Scottish Certificate of Education, 1963
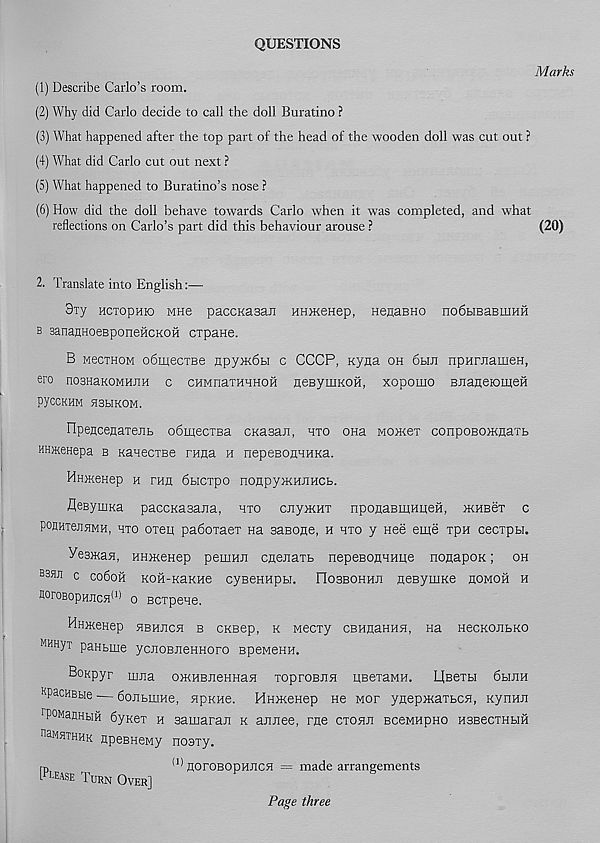
QUESTIONS
Marks
(1) Describe Carlo’s room.
(2) Why did Carlo decide to call the doll Buratino P
(3) What happened after the top part of the head of the wooden doll was cut out ?
(4) What did Carlo cut out next ?
(5) What happened to Buratino’s nose ?
(6) How did the doll behave towards Carlo when it was completed, and what
reflections on Carlo’s part did this behaviour arouse ?
2. Translate into English:—
3iy HCToptiio MHe paccKasan unmeHep, nenaBHo no6HBaBiiiHH
b BananHoeBponehcKOH cTpane.
B MecTHOM obmecTBe npy>K6Bi c CCCP, Kyna oh 6hji npuraameH,
ero nosHaKOMHJiH c CHMnaTHHHOH neByuiKOH, xopomo BJianeromeH
PyCCKHM HSbIKOM.
ripejicenaTenL obmecxBa CKasan, hto ona MOKex conpoBO>Knaxb
HHjKeHepa b KanecxEe rma h nepeBonnHKa.
HimeHep h ran bticxpo nonpyjKHJiHCb.
flesyiiiKa paccKasajia, hxo cJiyjKHX nponaBmHueH, jkhbct c
pojiHTejiHMH, hxo oxen pa6oxaex Ha saBOne, h hxo y nee eiye xpH cecxpbi.
VesKafl, HHmenep peuiHii cnejiaxt nepeBOHHHqe nonapoK; oh
bbhji c co6oh Kofi-KaKHe cyBeHHpH. FIobbohhji neBymKe homoh h
aoroBopHJicH (1 > o Bcxpene.
HHacenep hbhjich b CKsep, k wecxy cBHnaHHH, na HecKonbKO
MHH yx paHbme ycnoBJieHHoro BpeMOHH.
Bonpyr m^a omuBJieHHafl xoproBJin HBexaMH. IjBexbi 6bijih
xpacHBue — bonbuiHe, stpKHe. HnateHep He mox yp[ep>KaxbCH, KynHJi
r POMaflHHH Synex h samaraji k atuiee, me cxohji BceMHpno HSBecxHHH
bsmhthhk upeBHeMy noaxy.
rn
(1 * norOBOpuncsj = made arrangements
[Please Turn Over]
Page three
(20)